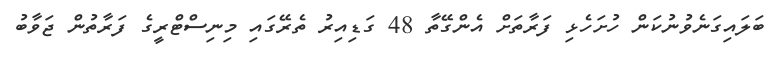
ބަލައިގަނެވުނުކަން ހުށަހެޅި ފަރާތަށް އެންގޭތާ 48 ގަޑިއިރު ތެރޭގައި މިނިސްޓްރީގެ ފަރާތުން ޖަވާބު